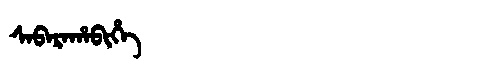
Manchu: ᠰᠠᠪᠠᡵᠠᡥᠠᠪᡳᡥᡝ
Romanization: SABARAHABIHE